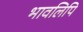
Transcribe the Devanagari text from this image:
भावलिपि